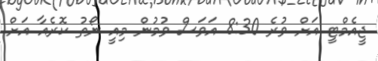
ޖީއެމްޓީ އަށް ވުރެ 8:30 އަވަސް ވުމުން މިއީ ނޯތު ކޮރެއާ އަށް